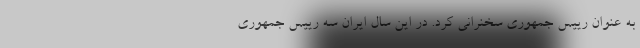
به عنوان رییس جمهوری سخنرانی کرد. در این سال ایران سه رییس جمهوری